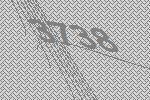
3738